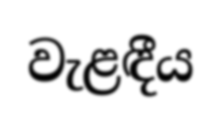
වැළඳීය